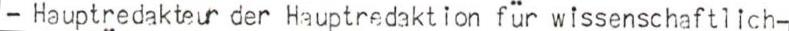
- Hauptredakteur der Hauptredaktion für wissenschaftlich-